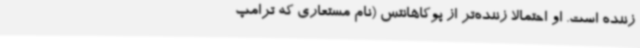
زننده است. او احتمالا زننده‌تر از پوکاهانتس (نام مستعاری که ترامپ